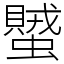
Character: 蠈